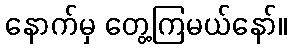
နောက်မှ တွေ့ကြမယ်နော်။